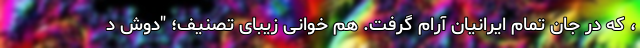
، که در جان تمام ایرانیان آرام گرفت. هم خوانى زيباى تصنيف؛ "دوش د